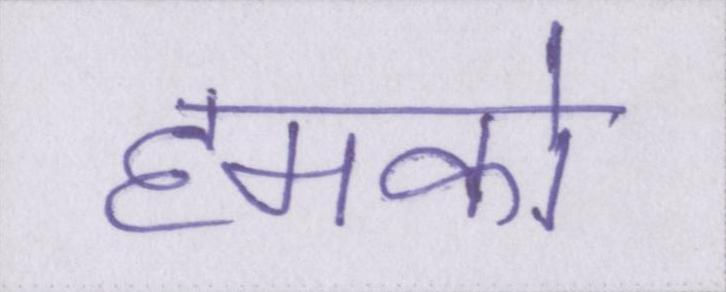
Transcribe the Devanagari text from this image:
हमको